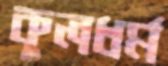
কুলধর্ম